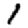
Digit: 1